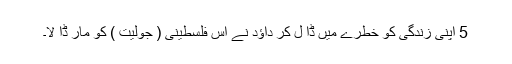
5 اپنی زندگی کو خطرے میں ڈا ل کر داؤد نے اس فلسطینی ( جولیت ) کو مار ڈا لا۔